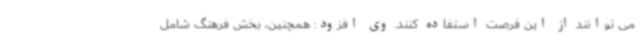
می توانند از این فرصت استفاده کنند. وی افزود: همچنین، بخش فرهنگ شامل